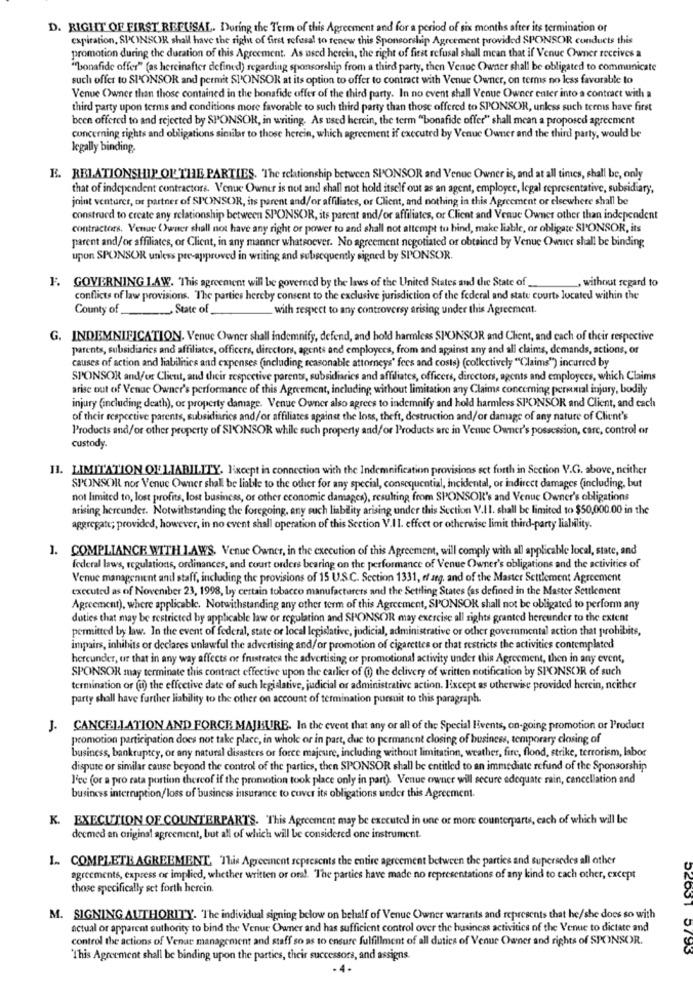
D. RIGHT OF FIRST REFUSAL. During the Term of this Agreement and for a period of six months after its termination or
expiration, SPONSOR shall have the right of first refusal to renew this Sponsorship Agreement provided SPONSOR conducts this
promotion during the duration of this Agreement. As used herein, the right of first refusal shall mean that if Venue Owner receives a
""bonafide offer" (as hercinafter defined) regarding sponsorship from a third party, then Venne Owner shall be obligated to communicate
such offer to SPONSOR and permit SPONSOR at its option to offer to contract with Venue Owner, on terms no less favorable to
Venue Owner than those contained in the bonafide offer of the third party. In no event shall Venue Owner enter into a contract with a
third party upon terms and conditions more favorable to such third party than those offered to SPONSOR, unless such terms have first
been offered to and rejected by SPONSOR, in writing. As used herein, the term "bonafide offer" shall mean a proposed agreement
concerning rights and obligations similar to those herein, which agreement if executed by Venue Owner and the third party, would be
legally binding.
E. RELATIONSHIP OF THE PARTIES. The relationship between SPONSOR and Venue Owner is, and at all times, shall be, only
that of independent contractors. Venue Owner is not and shall not hold itself out as an agent, employee, legal representative, subsidiary,
joint ventures, or partner of SPONSOR, its parent and/or affiliates, or Client, and nothing in this Agreement or elsewhere shall be
construed to create any relationship between SPONSOR, its parent and/or affiliates, or Client and Venue Owner other than independent
contractors. Venue Owner shall not have any right or power to and shall not attempt to hind, make liable, or obligate SPONSOR, its
parent and/or affiliates, or Client, in any manner whatsoever. No agreement negotiated or obtained by Venue Owner shall be binding
upon SPONSOR unless pre-approved in writing and subsequently signed by SPONSOR.
F. GOVERNING I.AW. This agreement will be governed by the laws of the United States and the State of_
, without regard to
conflicts of law provisions. The parties hereby consent to the exclusive jurisdiction of the federal and state courts located within the
County of
State of
with respect to any controversy arising under this Agreement.
G. INDEMNIFICATION. Venue Owner shall indemnify, defend, and hold harmless SPONSOR and Client, and each of their respective
parents, subsidiaries and affiliates, officers, directors, agents and employees, from and against any and all claims, demands, actions, or
causes of action and liabilities and expenses (including reasonable attorneys" fees and costs) (collectively "Claims") incurred by
SPONSOR and/or Client, and their respective parents, subsidiaries and affiliates, officers, directors, agents and employees, which Claims
arise out of Venue Owner's performance of this Agreement, including, without limitation any Claims conceming personal injury, bodily
injury (including death), or property damage. Venue Owner also agrees to indemnify and hold harmless SPONSOR and Client, and each
of their respective parents, subsidiaries and/or affiliates against the loss, theft, destruction and/or damage of any nature of Client's
Products and/or other property of SPONSOR while such property and/or Products are in Venne Owner's possession, care, control or
custody.
II. LIMITATION OF LIABILITY. lixcept in connection with the Indemnification provisions set forth in Section V.G. above, neither
SPONSOR nor Venue Owner shall be liable to the other for any special, consequential, incidental, or indirect damages (including, but
not limited to, lost profits, lost business, or other economic damages), resulting from SPONSOR's and Venue Owner's obligations
arising hereunder. Notwithstanding the foregoing, any such liability arising under this Section V.Il. shall be limited to $50,000.00 in the
aggregate; provided, however, in no event shall operation of this Section V.Il. effect or otherwise limit third-party liability.
1. COMPLIANCE WITH 1.AWS. Venue Owner, in the execution of this Agreement, will comply with all applicable local, state, and
federal laws, regulations, ordinances, and court orders bearing on the performance of Venue Owner's obligations and the activities of
Venue management and staff, including the provisions of 15 U.S.C. Section 1331, of arg. and of the Master Settlement Agreement
executed as of Noveniber 23, 1998, by certain tobacco manufacturers and the Settling States (as defined in the Master Settlement
Agreement), where applicable. Notwithstanding any other term of this Agreement, SPONSOR shall not be obligated to perform any
duties that may be restricted by applicable law or regulation and SPONSOR may exercise all rights granted hereunder to the extent
permitted by law. In the event of federal, state or local legislative, judicial, administrative or other governmental action that prohibits,
impairs, inhibits or declares unlawful the advertising and/or promotion of cigarettes or that restricts the activities contemplated
hereunder, ur that in any way affects or frustrates the advertising or promotional activity under this Agreement, then in any event,
SPONSOR may terminate this contract effective upon the carlier of (1) the delivery of written notification by SPONSOR of such
termination or (u) the effective date of such legislative, judicial or administrative action. Except as otherwise provided herein, neither
party shall have further liability to the other on account of termination porsuit to this paragraph.
J. CANCELLATION AND FORCE MAJEURE. In the event that any or all of the Special livents, on-going promotion of Product
promotion participation does not take place, in whole or in part, due to permanent closing of business, temporary closing of
business, bankruptcy, or any natural disasters or force majeure, including without limitation, weather, fire, flond, strike, terrorism, labor
dispute or similar cause beyond the control of the parties, then SPONSOR shall be entitled to an immediate refund of the Sponsorship
I've for a pro rata portion thereof if the promotion took place only in part). Venue owner will secure adequate rain, cancellation and
business interruption/loss of business insurance to cover its obligations under this Agreement.
K. EXECUTION OF COUNTERPARTS. This Agreement may be executed in one or more counterparts, each of which will be
decmed an original agreement, but all of which will be considered one instrument.
1 .. COMPLETE AGREEMENT, This Agreement sepresents the entire agreement between the parties and supersedes all other
agreements, express or implied, whether written or oral. The parties have made no representations of any kind to cach other, except
those specifically set forth herein.
M. SIGNING AUTHORITY. The individual signing below on behalf of Venue Owner warrants and represents that he/she does so with
actual or apparent authority to bind the Venue Owner and has sufficient control over the business activities of the Venue to dictate and
control the actions of Venue management and staff so as to ensure fulfillment of all duties of Venue Owner and rights of SPONSOR.
D20ST 5793
"This Agreement shall be binding upon the parties, their successors, and assigns.